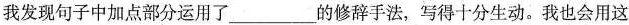
我发现句子中加点部分运用了\underline的修辞手法，写得十分生动。我也会用这